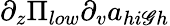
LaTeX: \partial_{z}\Pi_{low}\partial_{v}a_{hi\mathscr{G}h}